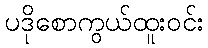
ပဒိုစောကွယ်ထူးဝင်း